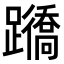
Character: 𨇊